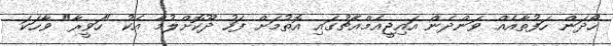
ހޯދަން ހަފުތާއެއް ވަންދެން އައިޖީއެމްއެޗުގައި އޮތުމަށް ފަހު ދޫކޮށްލުމާ އެކު "ހަވީރާ" ވާހަކަ